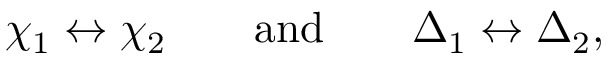
\chi _ { 1 } \leftrightarrow \chi _ { 2 } \qquad \mathrm { a n d } \qquad \Delta _ { 1 } \leftrightarrow \Delta _ { 2 } ,